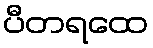
ပီတရထေ